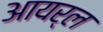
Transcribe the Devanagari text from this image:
आयर्ल